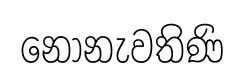
නොනැවතිණි